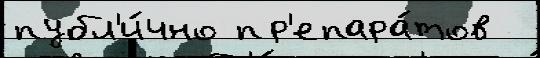
публ'и́чно пр'епара́тов